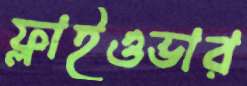
ফ্লাইওভার